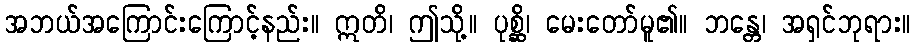
အဘယ်အကြောင်းကြောင့်နည်း။ ဣတိ၊ ဤသို့။ ပုစ္ဆိ၊ မေးတော်မူ၏။ ဘန္တေ၊ အရှင်ဘုရား။